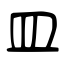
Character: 皿